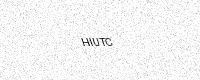
Text: HIUTC